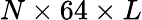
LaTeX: N\times 64\times L